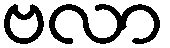
ဗလာ